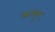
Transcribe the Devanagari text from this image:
सत्यपुर